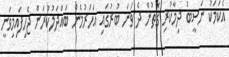
އެކަމަކު ނަސީބު ދިމާކުރި ގޮތުން ދެ ވަނަ ބުރުގައި އަހަރުމެން ބައްދަލުކުރަން ޖެހިފައިމިވަނީ